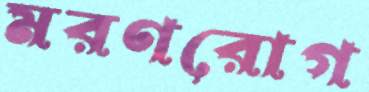
মরণরোগ